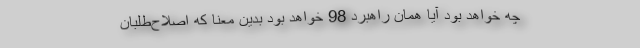
چه خواهد بود آیا همان راهبرد 98 خواهد بود بدین معنا که اصلاح‌طلبان